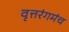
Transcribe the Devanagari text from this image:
वृत्तरंगमंच